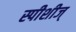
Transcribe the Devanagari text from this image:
स्पीशीज्